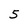
Character: 5